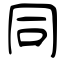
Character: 同